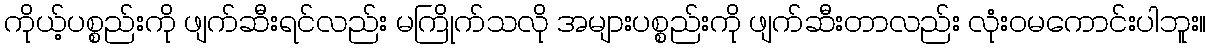
ကိုယ့်ပစ္စည်းကို ဖျက်ဆီးရင်လည်း မကြိုက်သလို အများပစ္စည်းကို ဖျက်ဆီးတာလည်း လုံးဝမကောင်းပါဘူး။